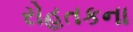
રોહતકના